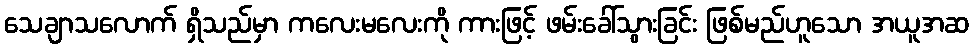
သေချာသလောက် ရှိသည်မှာ ကလေးမလေးကို ကားဖြင့် ဖမ်းခေါ်သွားခြင်း ဖြစ်မည်ဟူသော အယူအဆ